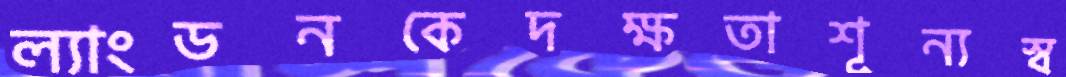
ল্যাংডনকেদক্ষতাশূন্যস্ব